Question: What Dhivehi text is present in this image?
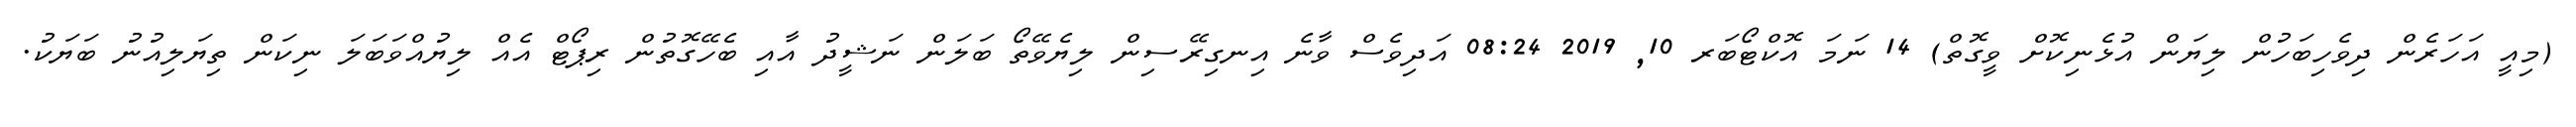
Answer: (މިއީ އަހަރެން ދިވެހިބަހުން ލިޔަން އުޅެނިކޮށް ވީގޮތް) 14 ނަމަ އޮކްޓޯބަރ 10, 2019 08:24 އަދިވެސް ވާނެ އިނގިރޭސިން ލިޔެވޭތޯ ބަލަން ނަޝީދު އާއި ބެހޭގޮތުން ރިޕޯޓް އެއް ލިޔުއްވަބަލަ ނިކަން ތިޔަލިއުނު ބަޔަކު.